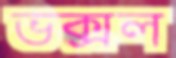
ভক্সল